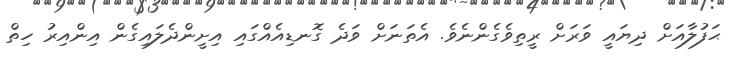
ޙަފުލާއަށް ދިޔައީ ވަރަށް ރީތިވެގެންނެވެ. އެތަނަށް ވަދެ ގޮނޑިއެއްގައި އިށީންދެލައިގެން އިންއިރު ހިތް